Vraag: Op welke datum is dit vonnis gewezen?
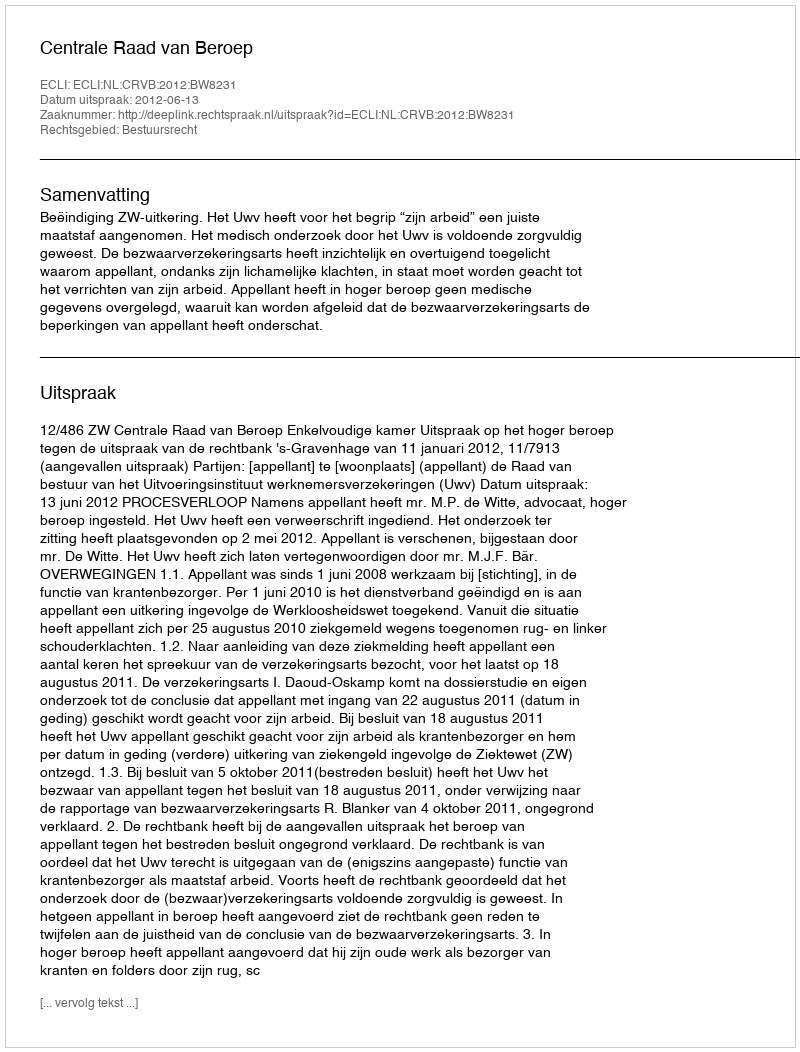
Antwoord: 2012-06-13